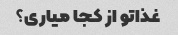
غذاتو از کجا میاری؟